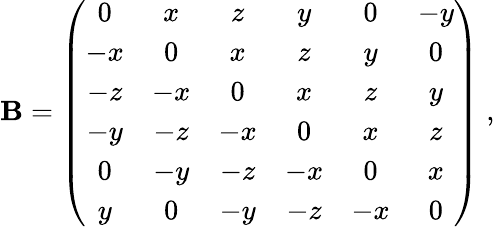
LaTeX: \mathbf{B}=\left(\begin{array}{ccccccccr}{{0}}&{{x}}&{{z}}&{{y}}&{{0}}&{{-y}}\\ {{-x}}&{{0}}&{{x}}&{{z}}&{{y}}&{{0}}\\ {{-z}}&{{-x}}&{{0}}&{{x}}&{{z}}&{{y}}\\ {{-y}}&{{-z}}&{{-x}}&{{0}}&{{x}}&{{z}}\\ {{0}}&{{-y}}&{{-z}}&{{-x}}&{{0}}&{{x}}\\ {{y}}&{{0}}&{{-y}}&{{-z}}&{{-x}}&{{0}}\end{array}\right)\; ,